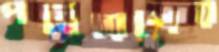
পবিরেশের